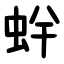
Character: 䖫